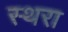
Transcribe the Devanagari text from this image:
स्थरा